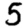
Digit: 5